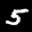
Label: 5